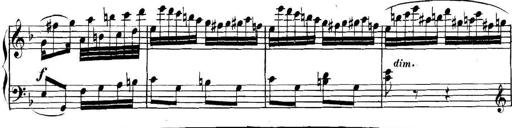
Title: Collected Piano Sonatas
Composer: Muzio Clementi